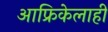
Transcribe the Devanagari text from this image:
आफ्रिकेलाही